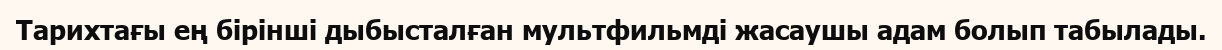
Тарихтағы ең бірінші дыбысталған мультфильмді жасаушы адам болып табылады.